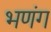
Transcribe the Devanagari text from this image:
भणंग